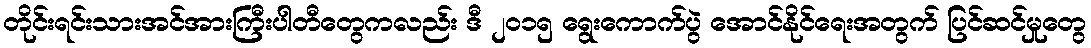
တိုင်းရင်းသားအင်အားကြီးပါတီတွေကလည်း ဒီ ၂ဝ၁၅ ရွေးကောက်ပွဲ အောင်နိုင်ရေးအတွက် ပြင်ဆင်မှုတွေ